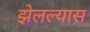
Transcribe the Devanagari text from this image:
झेलल्यास